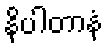
နိပါတာနံ